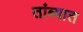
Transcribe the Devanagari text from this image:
तांब्यात